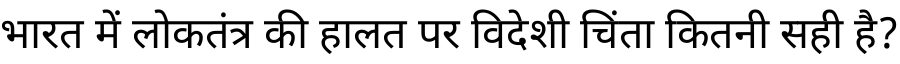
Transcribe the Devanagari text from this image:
भारत में लोकतंत्र की हालत पर विदेशी चिंता कितनी सही है?